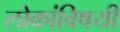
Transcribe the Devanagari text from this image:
लोकांविषयी